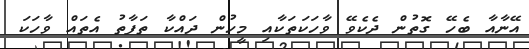
އޭނާއާ ބެހޭ ގޮތުން ދެކެވޭ ވާހަކަތަކާއި މީހުން ދައްކާ ތަފާތު އެތައް ވާހަކަ